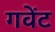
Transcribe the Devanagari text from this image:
गवेंट